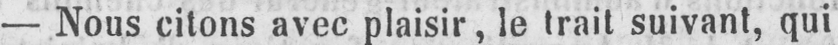
- Nous citons avec plaisir, le trait suivant, qui